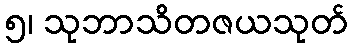
၅၊ သုဘာသိတဇယသုတ်